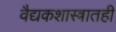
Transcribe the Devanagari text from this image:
वैद्यकशास्त्रातही